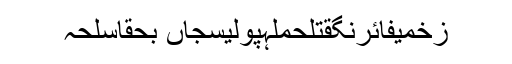
زخمیفائرنگقتلحملہپولیسجاں بحقاسلحہ